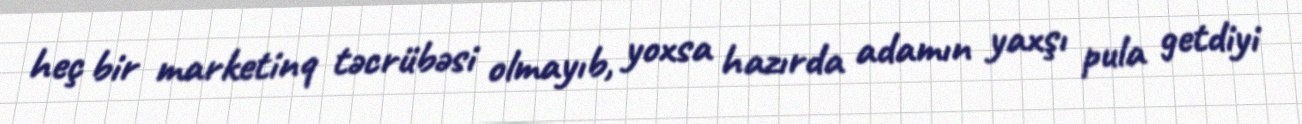
heç bir marketinq təcrübəsi olmayıb, yoxsa hazırda adamın yaxşı pula getdiyi